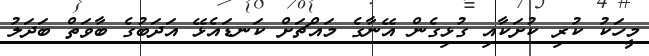
މީހަކު ކުރި ކުށަކާއި ގުޅިގެން އޭނާގެ މައްޗަށް ކަނޑައެޅޭ އަދަބުގެ ބާވަތް ބަދަލު